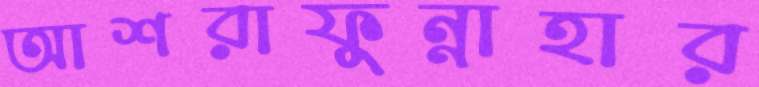
আশরাফুন্নাহার